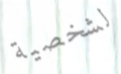
لشخصية